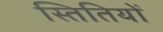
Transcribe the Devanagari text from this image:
स्तितियों